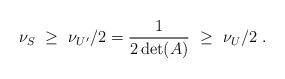
LaTeX: \begin{align*} \nu_S \ \geq \ \nu_{U'}/2 = \frac{1}{2\det(A)} \ \geq \ \nu_U/2 \ . \end{align*}